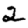
Digit: 2